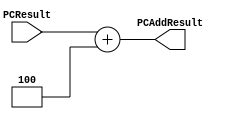
////////////////////////////////////////////////////////////////////////////////
// Module - PCAdder.v
// Description - 32-Bit program counter (PC) adder.
//
// INPUTS:-
// PCResult: 32-Bit input port.
//
// OUTPUTS:-
// PCAddResult: 32-Bit output port.
//
////////////////////////////////////////////////////////////////////////////////

module PCAdder(
    output reg [31:0] PCAddResult,
    input [31:0] PCResult
);

    always @(PCResult)
    begin
    	PCAddResult <= PCResult + 32'h00000004;
    end

endmodule